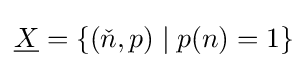
{\underline {X}}=\left\{\left({\check {n}},p\right)\mid p(n)=1\right\}